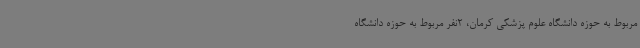
مربوط به حوزه دانشگاه علوم پزشکی کرمان، 2نفر مربوط به حوزه دانشگاه